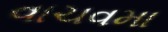
વાચવમા